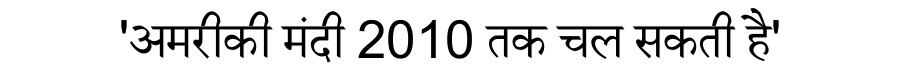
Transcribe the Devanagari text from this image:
'अमरीकी मंदी 2010 तक चल सकती है'